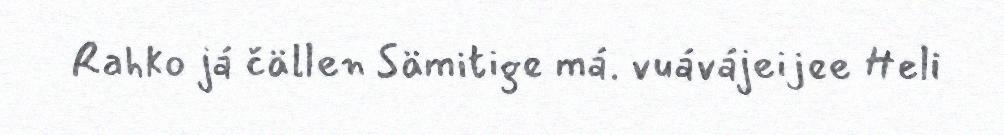
Rahko já čällen Sämitige má. vuávájeijee Heli